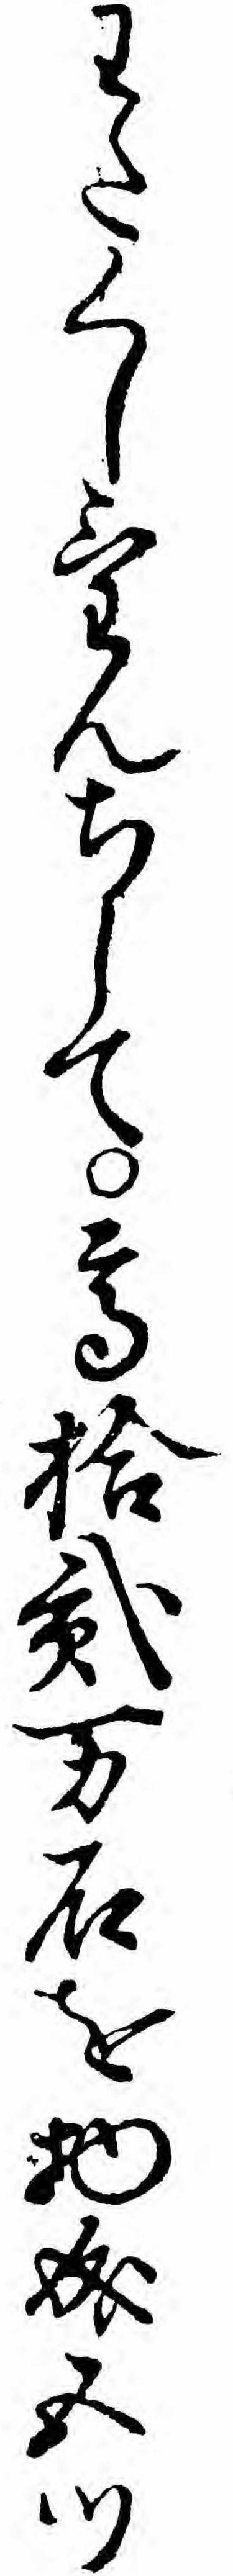
わたくしけんちして高拾弐万石を物成五つ